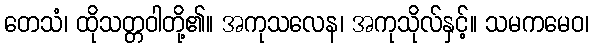
တေသံ၊ ထိုသတ္တဝါတို့၏။ အကုသလေန၊ အကုသိုလ်နှင့်။ သမကမေဝ၊